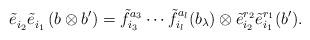
LaTeX: \begin{align*}\tilde{e}_{i_2}^{}\tilde{e}_{i_1}^{} \left( b \otimes b^\prime \right) &= \tilde{f}_{i_3}^{a_3} \cdots \tilde{f}_{i_l}^{a_l} (b_\lambda) \otimes \tilde{e}_{i_2}^{r_2} \tilde{e}_{i_1}^{r_1} (b^\prime).\end{align*}